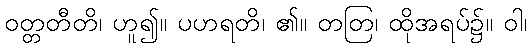
ဝတ္တတီတိ၊ ဟူ၍။ ပဟရတိ၊ ၏။ တတြ၊ ထိုအရပ်၌။ ဝါ၊